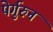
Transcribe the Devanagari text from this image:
पेर्गुरुन